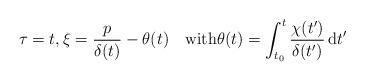
LaTeX: \begin{align*}\tau=t,\xi = \frac p{\delta(t)} -\theta(t)\quad\mbox{with}\theta(t)=\int_{t_0}^t\frac{\chi(t')}{\delta(t')}\,\mathrm dt'\end{align*}